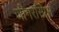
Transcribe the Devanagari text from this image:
जीगरस्प्रिस